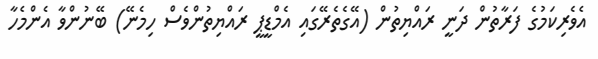
އެވެރިކަމުގެ ފަރާތުން ދަނީ ރައްޔިތުން (އޭގެތެރޭގައި އެމްޑީޕީ ރައްޔިތުންވެސް ހިމެނޭ) ބޭނުންވާ އެންމެހާ